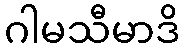
ဂါမသီမာဒိ